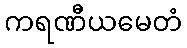
ကရဏီယမေတံ